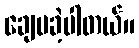
ချေပခဲ့ပါတယ်။